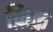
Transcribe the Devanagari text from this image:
फ़िक़